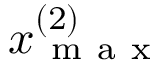
x _ { \mathrm { ~ m ~ a ~ x ~ } } ^ { ( 2 ) }